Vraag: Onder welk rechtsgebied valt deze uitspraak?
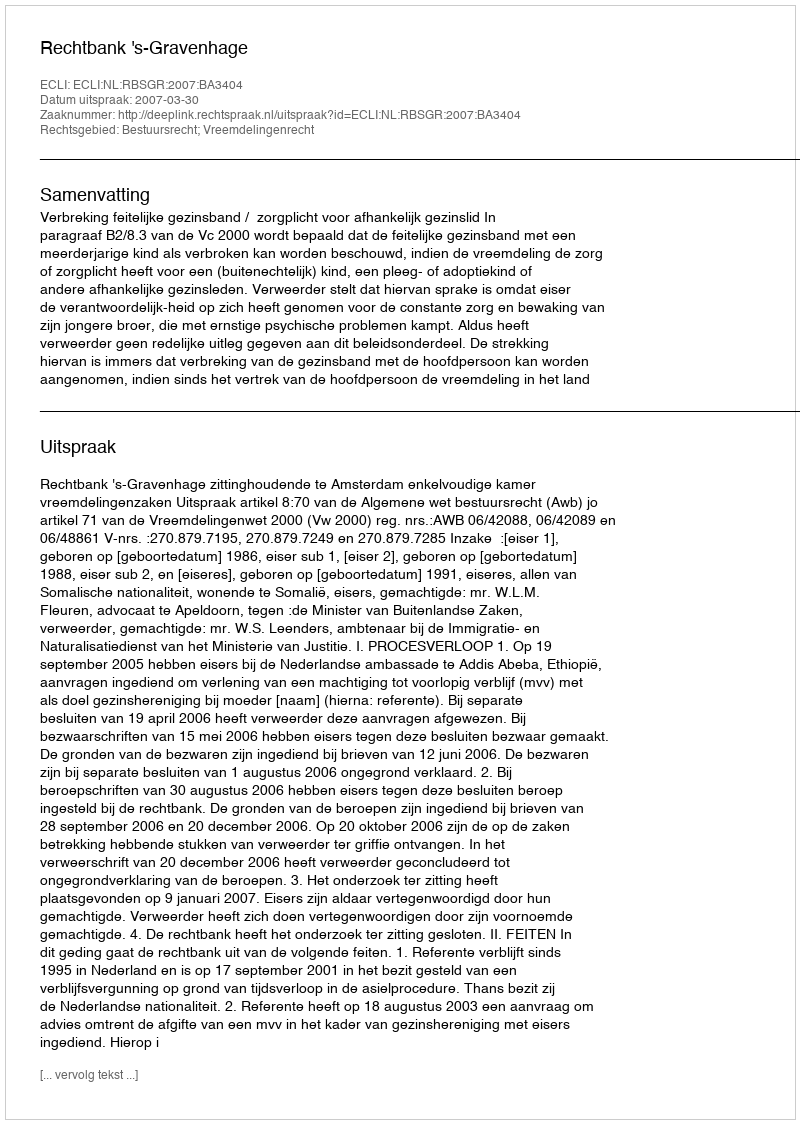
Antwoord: Bestuursrecht; Vreemdelingenrecht